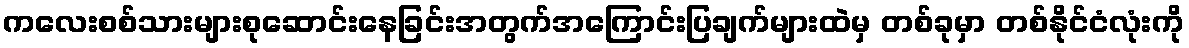
ကလေးစစ်သားများစုဆောင်းနေခြင်းအတွက်အကြောင်းပြချက်များထဲမှ တစ်ခုမှာ တစ်နိုင်ငံလုံးကို